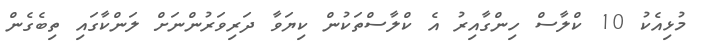
މުޅިއެކު 10 ކްލާސް ހިންގާއިރު އެ ކްލާސްތަކުން ކިޔަވާ ދަރިވަރުންނަށް ލަންކާގައި ތިބެގެން